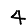
Digit: 4